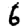
Digit: 6